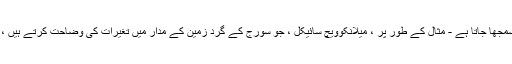
فلکیاتی سائیکل جو آب و ہوا کی تغیرات کا باعث بنتے ہیں ان کو اچھی طرح سمجھا جاتا ہے - مثال کے طور پر ، میلانکوویچ سائیکل ، جو سورج کے گرد زمین کے مدار میں تغیرات کی وضاحت کرتے ہیں ، اور ہمارے زمین کے محور کے وقفے وقفے سے سر ہلا / مغلوب ہوتے ہیں۔